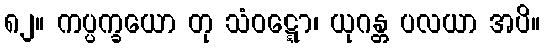
၈၂။ ကပ္ပက္ခယော တု သံဝဋ္ဋော၊ ယုဂန္တ ပလယာ အပိ။